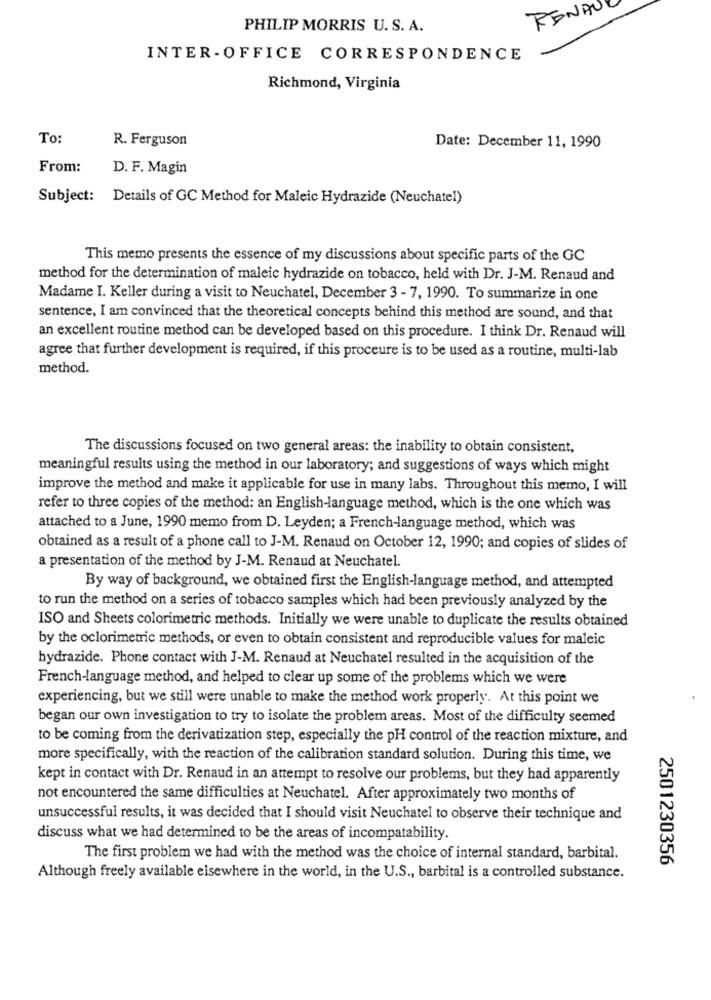
RENDU
PHILIP MORRIS U. S. A.
INTER-OFFICE CORRESPONDENCE
Richmond, Virginia
To:
R. Ferguson
Date: December 11, 1990
From:
D. F. Magin
Subject: Details of GC Method for Maleic Hydrazide (Neuchatel)
This memo presents the essence of my discussions about specific parts of the GC
method for the determination of maleic hydrazide on tobacco, held with Dr. J-M. Renaud and
Madame I. Keller during a visit to Neuchatel, December 3 - 7, 1990. To summarize in one
sentence, I am convinced that the theoretical concepts behind this method are sound, and that
an excellent routine method can be developed based on this procedure. I think Dr. Renaud will
agree that further development is required, if this proceure is to be used as a routine, multi-lab
method.
The discussions focused on two general areas: the inability to obtain consistent,
meaningful results using the method in our laboratory; and suggestions of ways which might
improve the method and make it applicable for use in many labs. Throughout this memo, I will
refer to three copies of the method: an English-language method, which is the one which was
attached to a June, 1990 memo from D. Leyden; a French-language method, which was
obtained as a result of a phone call to J-M. Renaud on October 12, 1990; and copies of slides of
a presentation of the method by J-M. Renaud at Neuchatel.
By way of background, we obtained first the English-language method, and attempted
to run the method on a series of tobacco samples which had been previously analyzed by the
ISO and Sheets colorimetric methods. Initially we were unable to duplicate the results obtained
by the oclorimetric methods, or even to obtain consistent and reproducible values for maleic
hydrazide. Phone contact with J-M. Renaud at Neuchatel resulted in the acquisition of the
French-language method, and helped to clear up some of the problems which we were
experiencing, but we still were unable to make the method work properly. At this point we
began our own investigation to try to isolate the problem areas. Most of the difficulty seemed
to be coming from the derivatization step, especially the pH control of the reaction mixture, and
more specifically, with the reaction of the calibration standard solution. During this time, we
kept in contact with Dr. Renaud in an attempt to resolve our problems, but they had apparently
not encountered the same difficulties at Neuchatel. After approximately two months of
unsuccessful results, it was decided that I should visit Neuchatel to observe their technique and
discuss what we had determined to be the areas of incompatability.
The first problem we had with the method was the choice of internal standard, barbital.
2501230356
Although freely available elsewhere in the world, in the U.S ., barbital is a controlled substance.